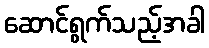
ဆောင်ရွက်သည့်အခါ